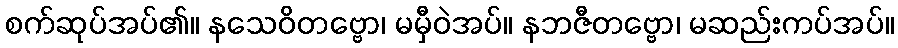
စက်ဆုပ်အပ်၏။ နသေဝိတဗ္ဗော၊ မမှီဝဲအပ်။ နဘဇီတဗ္ဗော၊ မဆည်းကပ်အပ်။